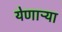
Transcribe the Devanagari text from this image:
येणाऱ्या